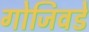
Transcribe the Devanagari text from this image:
गोजिवडे